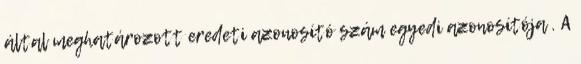
által meghatározott eredeti azonosító szám egyedi azonosítója . A